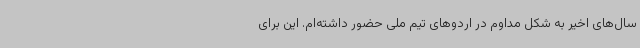
سال‌های اخیر به شکل مداوم در اردوهای تیم ملی حضور داشته‌ام. این برای